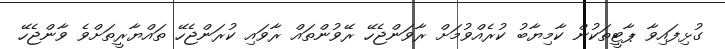
ގުޅިފައިވާ ޕާޓީތަކުން ކާމިޔާބު ކުރެއްވުމަށް ރާވަންޖެހޭ ރޭވުންތައް ރާވައި ކުރަންޖެހޭ ތައްޔާރީތަށްވެ ވާންޖެހޭ